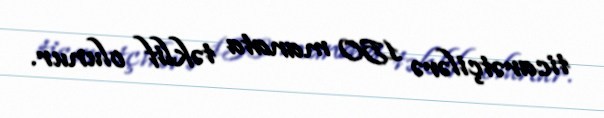
ticarətçilərə 150 manata təklif olunur.